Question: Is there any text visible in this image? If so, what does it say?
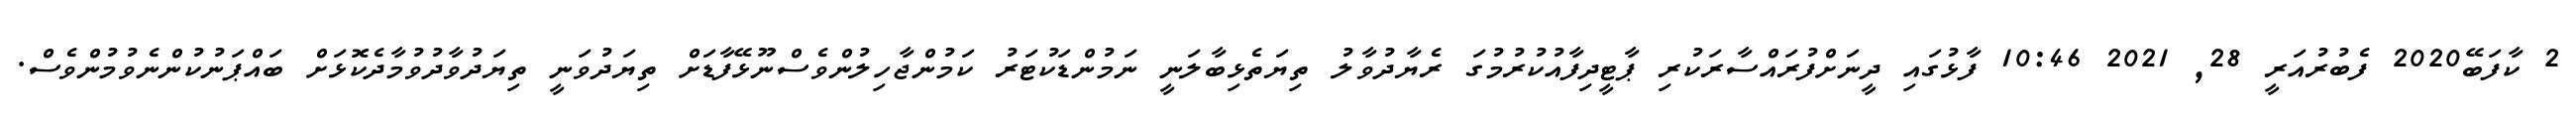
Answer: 2 ކާފަބޭ2020 ފެބުރުއަރީ 28, 2021 10:46 ފާޅުގައި ދީނަށްފުރައްސާރަކުރި ޕާޓީދިފާއުކުރުމުގަ ރެޔާދުވާލު ތިޔަތެޅިބާލަނީ ނަމުންޑަކުޓަރު ކަމުންޖާހިލުންވެސްނޫޅޭފާޑަށް ތިޔަދުވަނީ ތިޔަދުވާދުވުމާދެކޮޅަށް ބައްޕަނުކުންނެވުމުންވެސް.